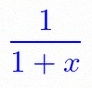
\frac{1}{1+x}